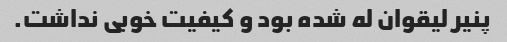
پنیر لیقوان له شده بود و کیفیت خوبی نداشت.